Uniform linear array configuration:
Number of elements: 16
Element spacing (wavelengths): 0.25
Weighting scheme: kaiser
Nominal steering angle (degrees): -60
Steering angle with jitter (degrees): -60.027
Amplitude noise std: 0.05
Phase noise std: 0.05

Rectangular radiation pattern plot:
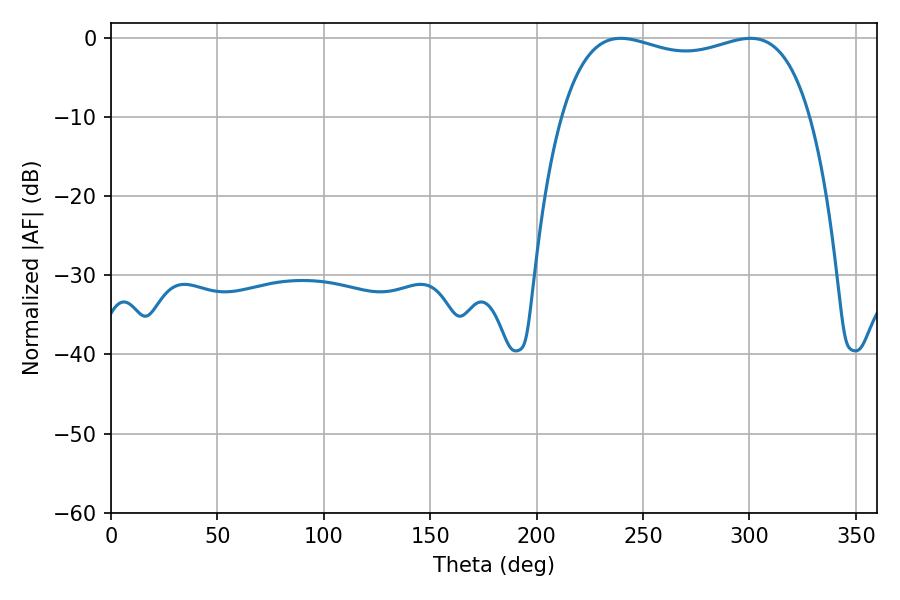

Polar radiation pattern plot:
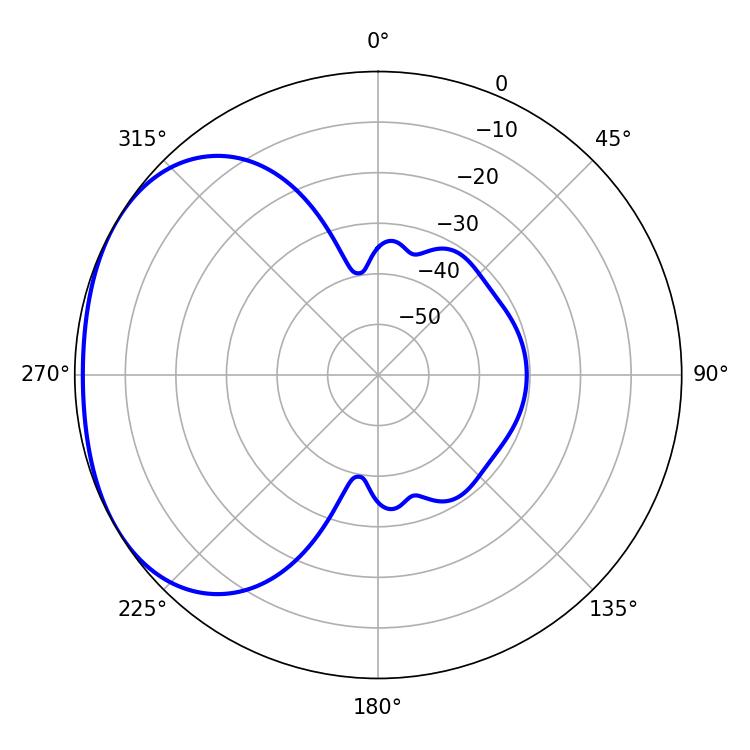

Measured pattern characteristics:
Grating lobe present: FALSE
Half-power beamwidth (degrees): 95.4
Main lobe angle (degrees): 239.58